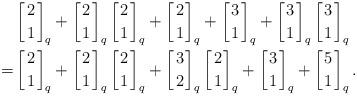
LaTeX: \begin{align*}&\left[2\atop 1\right]_q+\left[2\atop 1\right]_q\left[2\atop 1\right]_q+\left[2\atop 1\right]_q+\left[3\atop 1\right]_q+\left[3\atop 1\right]_q\left[3\atop 1\right]_q\\=&\left[2\atop 1\right]_q+\left[2\atop 1\right]_q\left[2\atop 1\right]_q+\left[3\atop 2\right]_q\left[2\atop 1\right]_q+\left[3\atop 1\right]_q+\left[5\atop 1\right]_q.\end{align*}